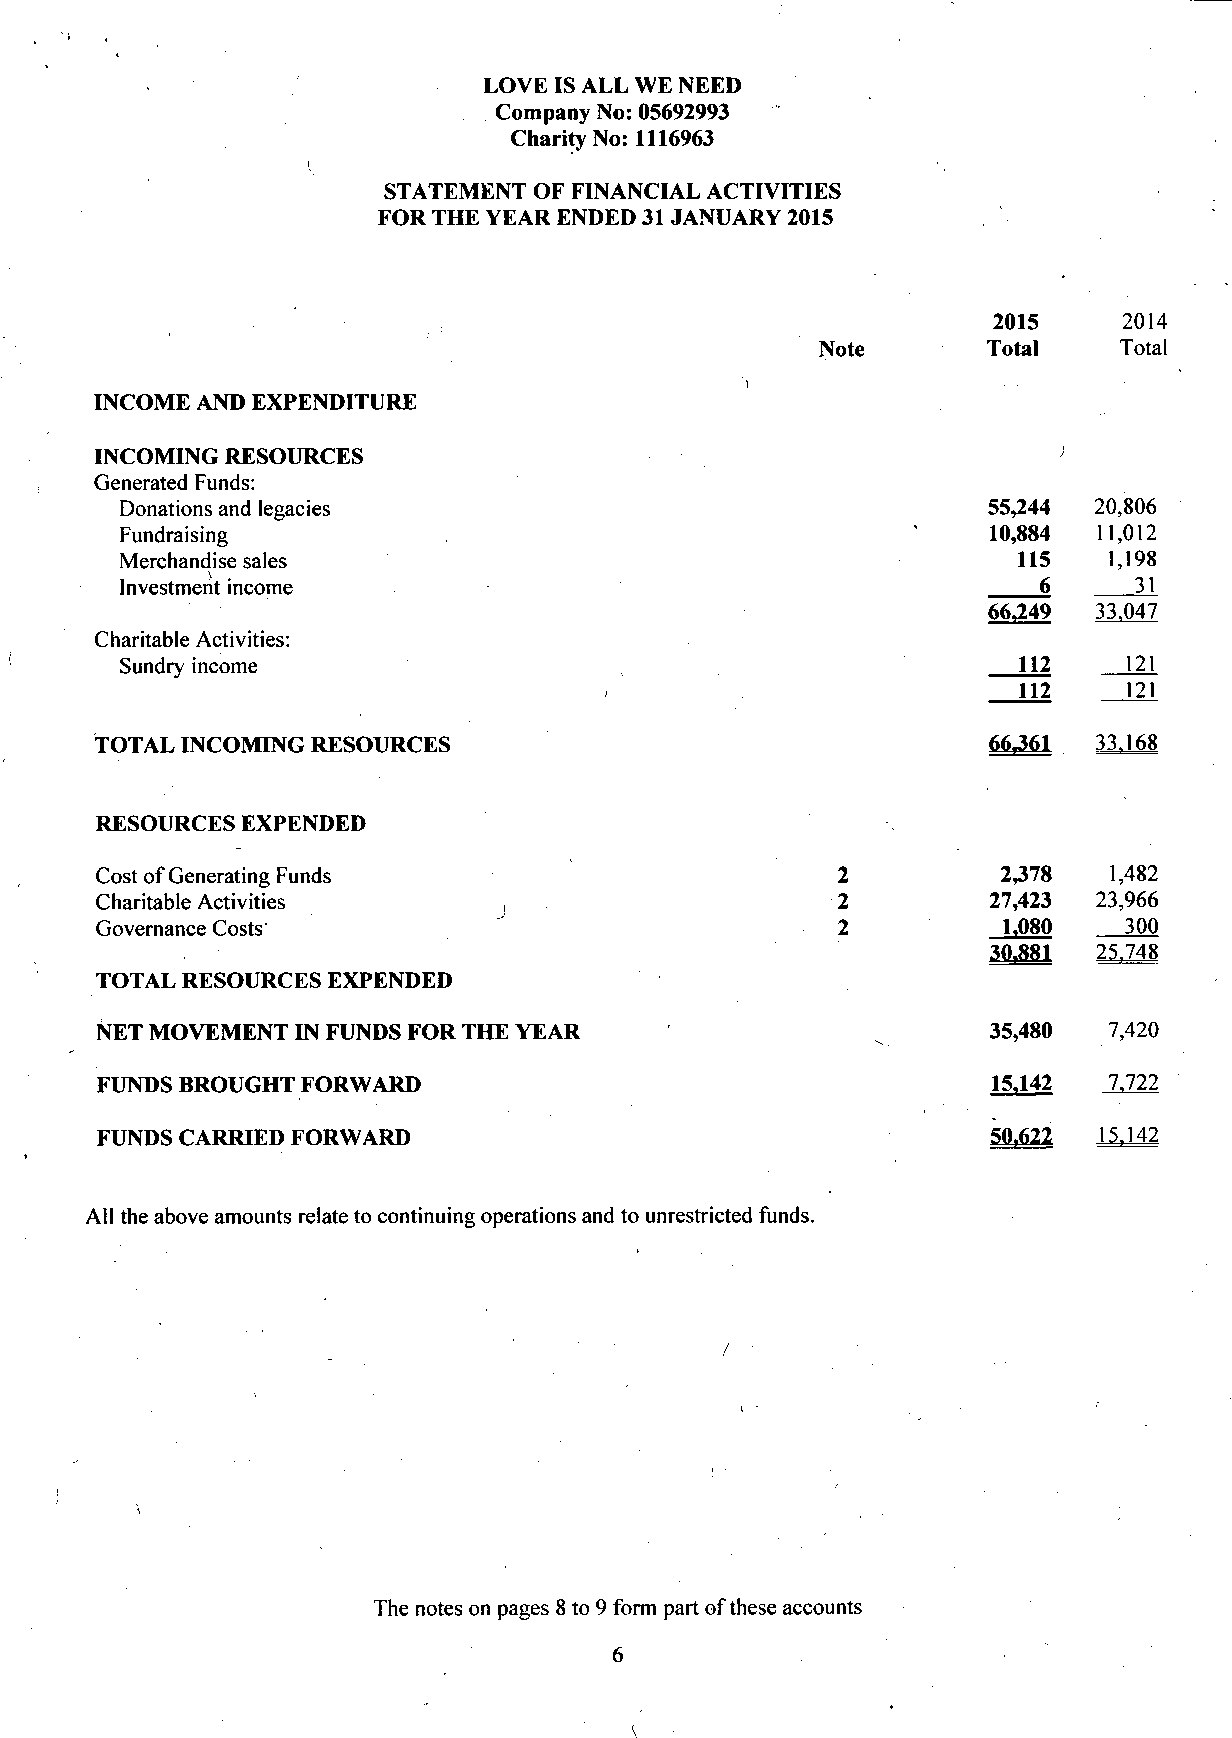
LOVE IS ALL WE NEED
 Company No: 05692993
 Charity No: 1116963
 STATEMENT OF FINANCIAL ACTIVITIES
 FOR THE YEAR ENDED 31 JANUARY 2015
 2015    2014
 Note       Total    Total
 INCOME AND EXPENDITURE
 INCOMING RESOURCES
 Generated Funds:
 Donations and legacies                                   55,244 20,806
 Fundraising                                              10,884  11,012
 Merchandise sales                                          115   1,198
 Investment income                                            6     31
 66,249 33.047
 Charitable Activities:
 Sundry income                                              112     121
 112     121
 I
 TOTAL INCOMING RESOURCES                                   66,361 33.168
 RESOURCES EXPENDED
 Cost of Generating Funds                         2          2,378  1,482
 Charitable Activities      ,                     2         27,423  23,966
 Governance Costs                                 2          1,080   300
 30.881  25.748
 TOTAL RESOURCES EXPENDED
 NET MOVEMENT IN FUNDS FOR THE YEAR                         35,480  7,420
 FUNDS BROUGHT FORWARD                                       15,142 7.722
 FUNDS CARRIED FORWARD                                       50.622 15.142
 All the above amounts relate to continuing operations and to unrestricted funds.
 /
 The notes on pages 8 to 9 form part of these accounts
 6